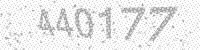
Solution: 440177